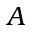
A